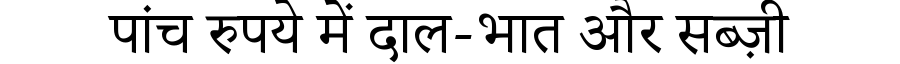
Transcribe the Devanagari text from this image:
पांच रुपये में दाल-भात और सब्ज़ी